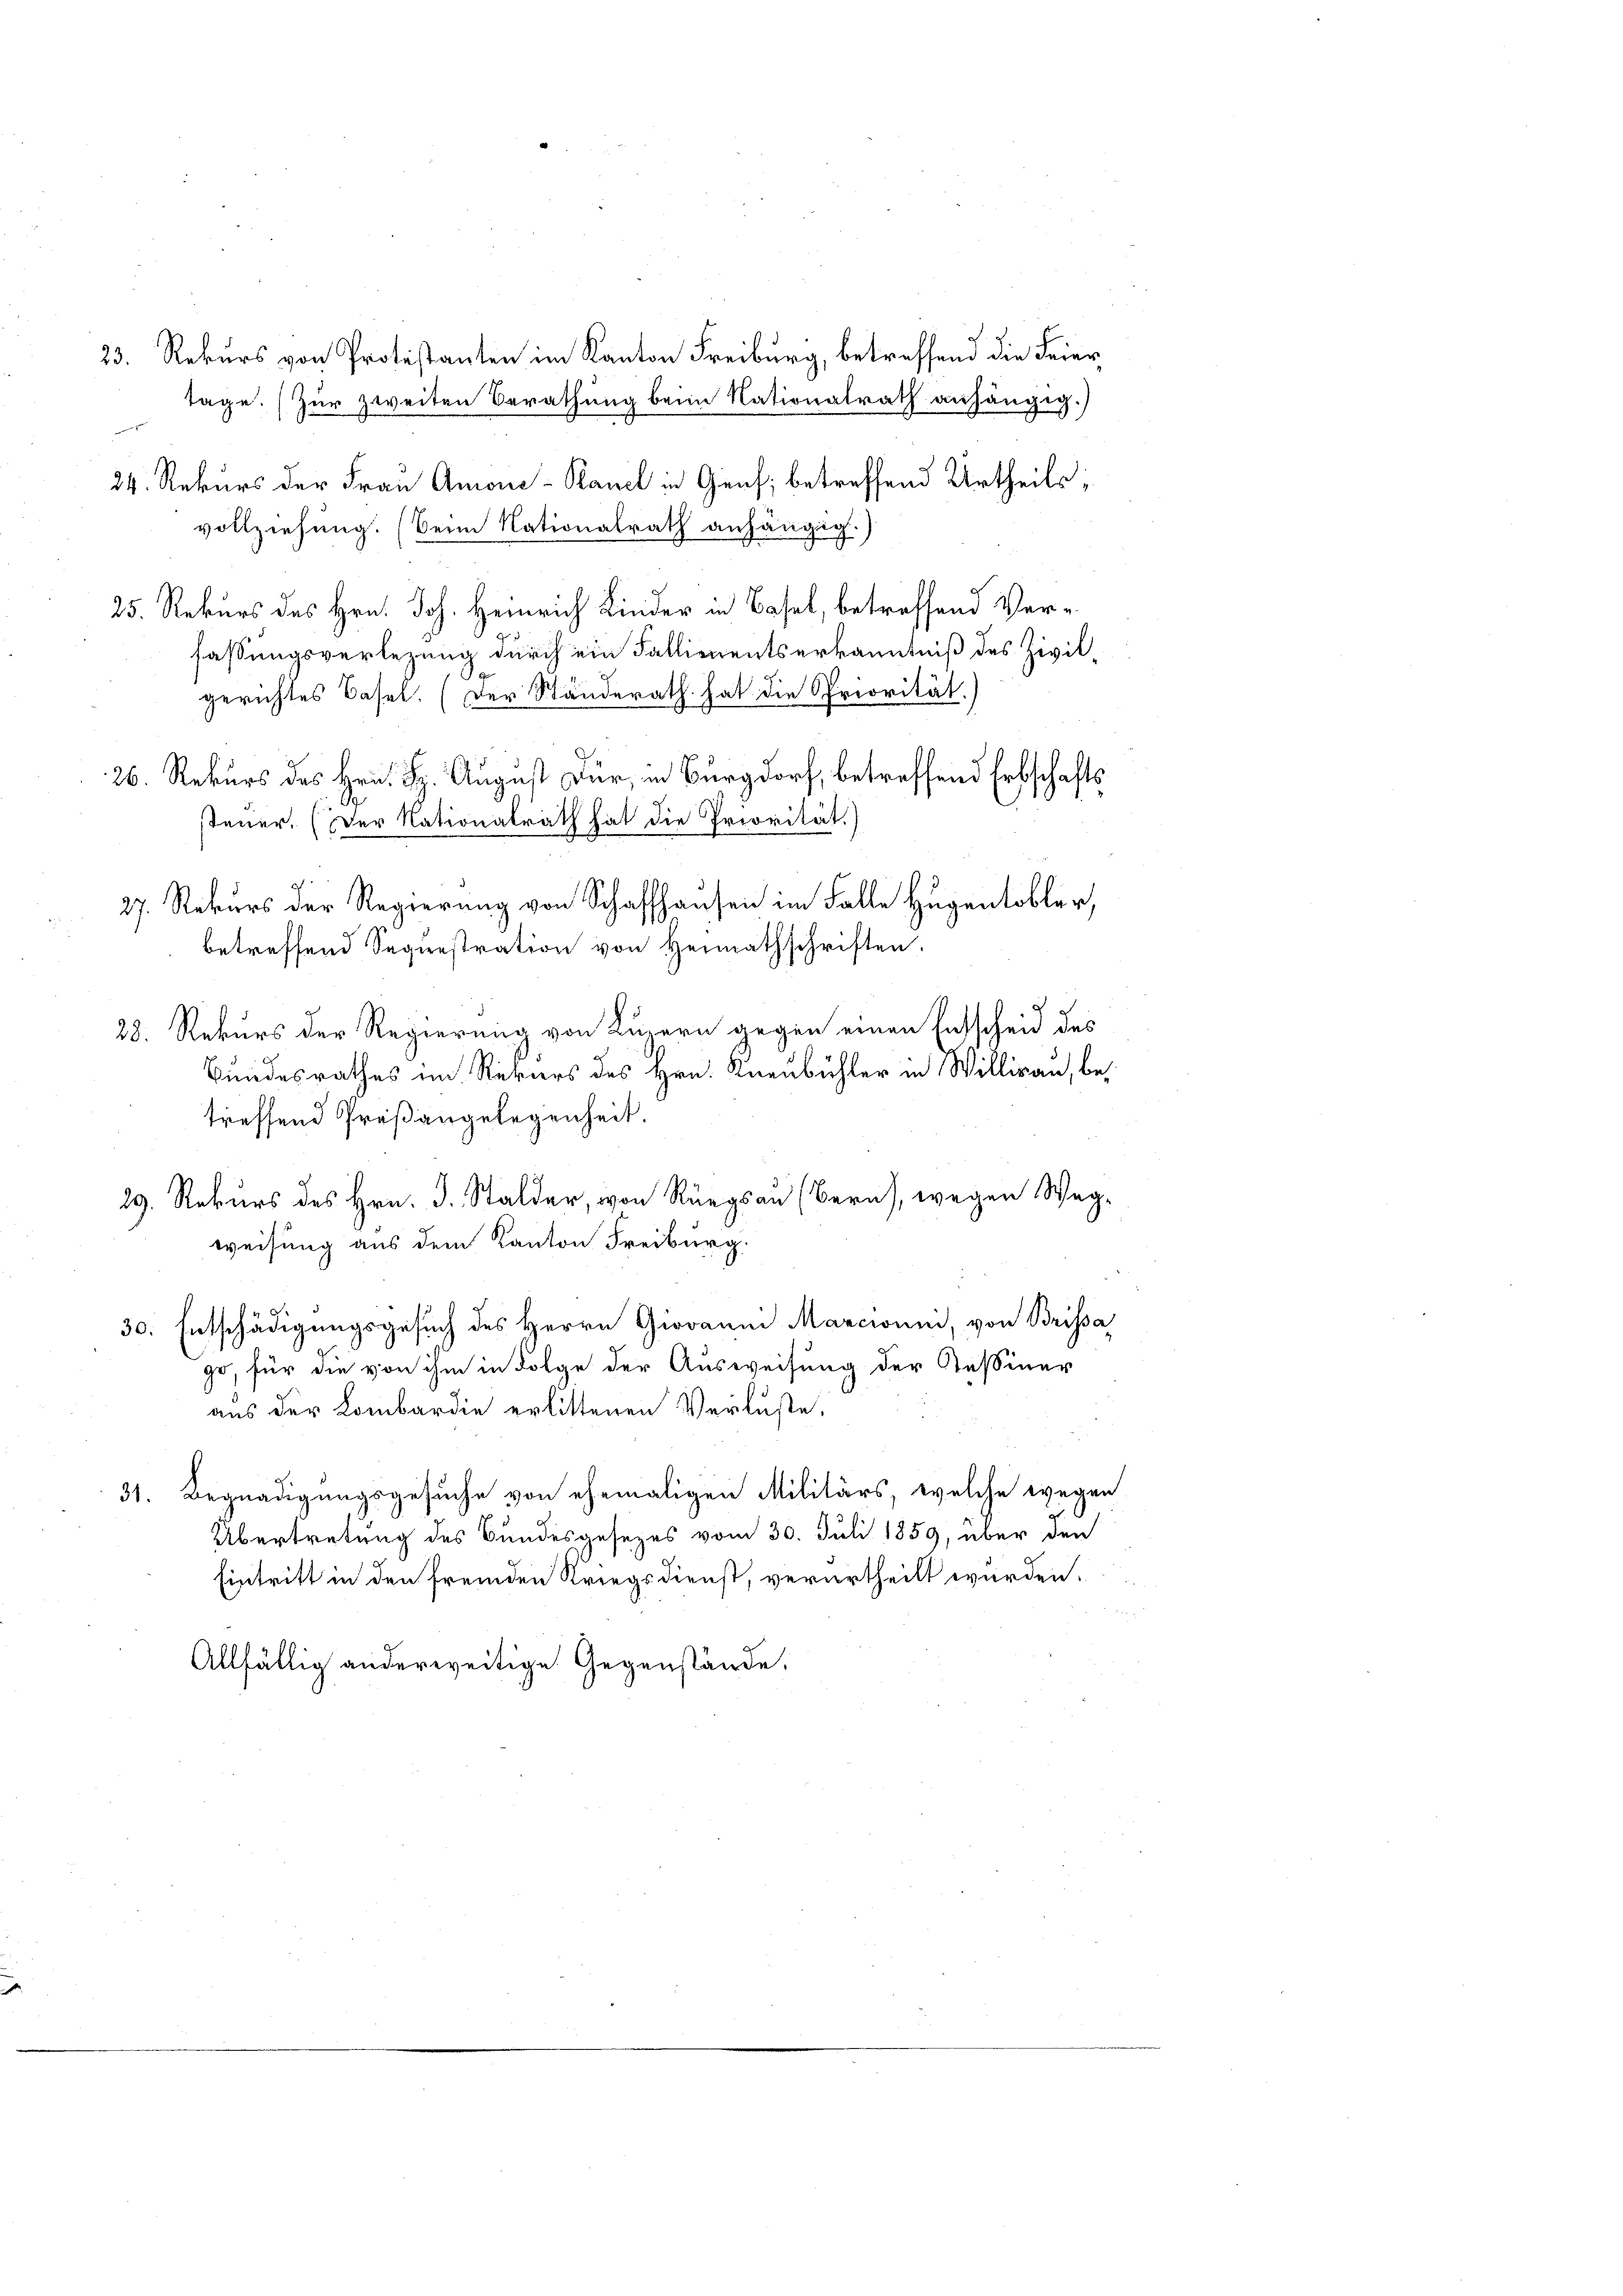
23. Rekurs von Protestanten im Kanton Freiburg, betreffend die Feiertage. (Zur zweiten Berathung beim Nationalrath anhängig.)
24. Rekurs der Frau Amone-Kanzl in Genf; betreffend Urtheils,
28. Rekurs der Regierung von Luzern gegen einen Entscheid des
Bundesrathes im Rekurs des Hrn. Kienbühler in Willirau, betreffend Preßangelegenheit.
29. Rekurs des Hrn. J. Stalder, von Rüegsan (Bern), wegen Wagweisung aus dem Kanton Freiburg.
30. Entschädigungsgesuch des Herrn Giovanni Marcionni, von Brissa
go, für die von ihm in Folge der Ausweisung der Tessiner
aus der Kombardie erlittenen Verluste,
31. Begnadigungsgesuche von ehemaligen Militärs, welche wegen
Übertretung des Bundesgesezes vom 30. Juli 1859, über den
Eintritt in den fremden Kriegsdienst, verurtheilt wurden.
Allfällig anderweitige Gegenstände,

26. Rekurs des Hrn. H. August Dir, in Burgdorf, betreffend Erbschafts
S
steuer. (Der Nationalrath hat die Priorität.)
27. Rekurs der Regierung von Schaffhausen im Falle Hugentobler,
betreffend Sequestration von Heimathschriften.

vollziehung. (Beim Nationalrath anhängig.)
fassungsverlegung durch ein Fallienentserkanntniß des Zivilgerichtes Basel. (Der Ständerath hat die Priorität.)

25. Rekurs des Hrn. Joh. Heinrich Kinder in Basel, betreffend Ver¬